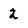
Character: 2